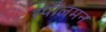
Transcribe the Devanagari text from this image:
स्पीलमन